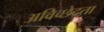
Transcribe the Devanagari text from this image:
अविच्छेदता